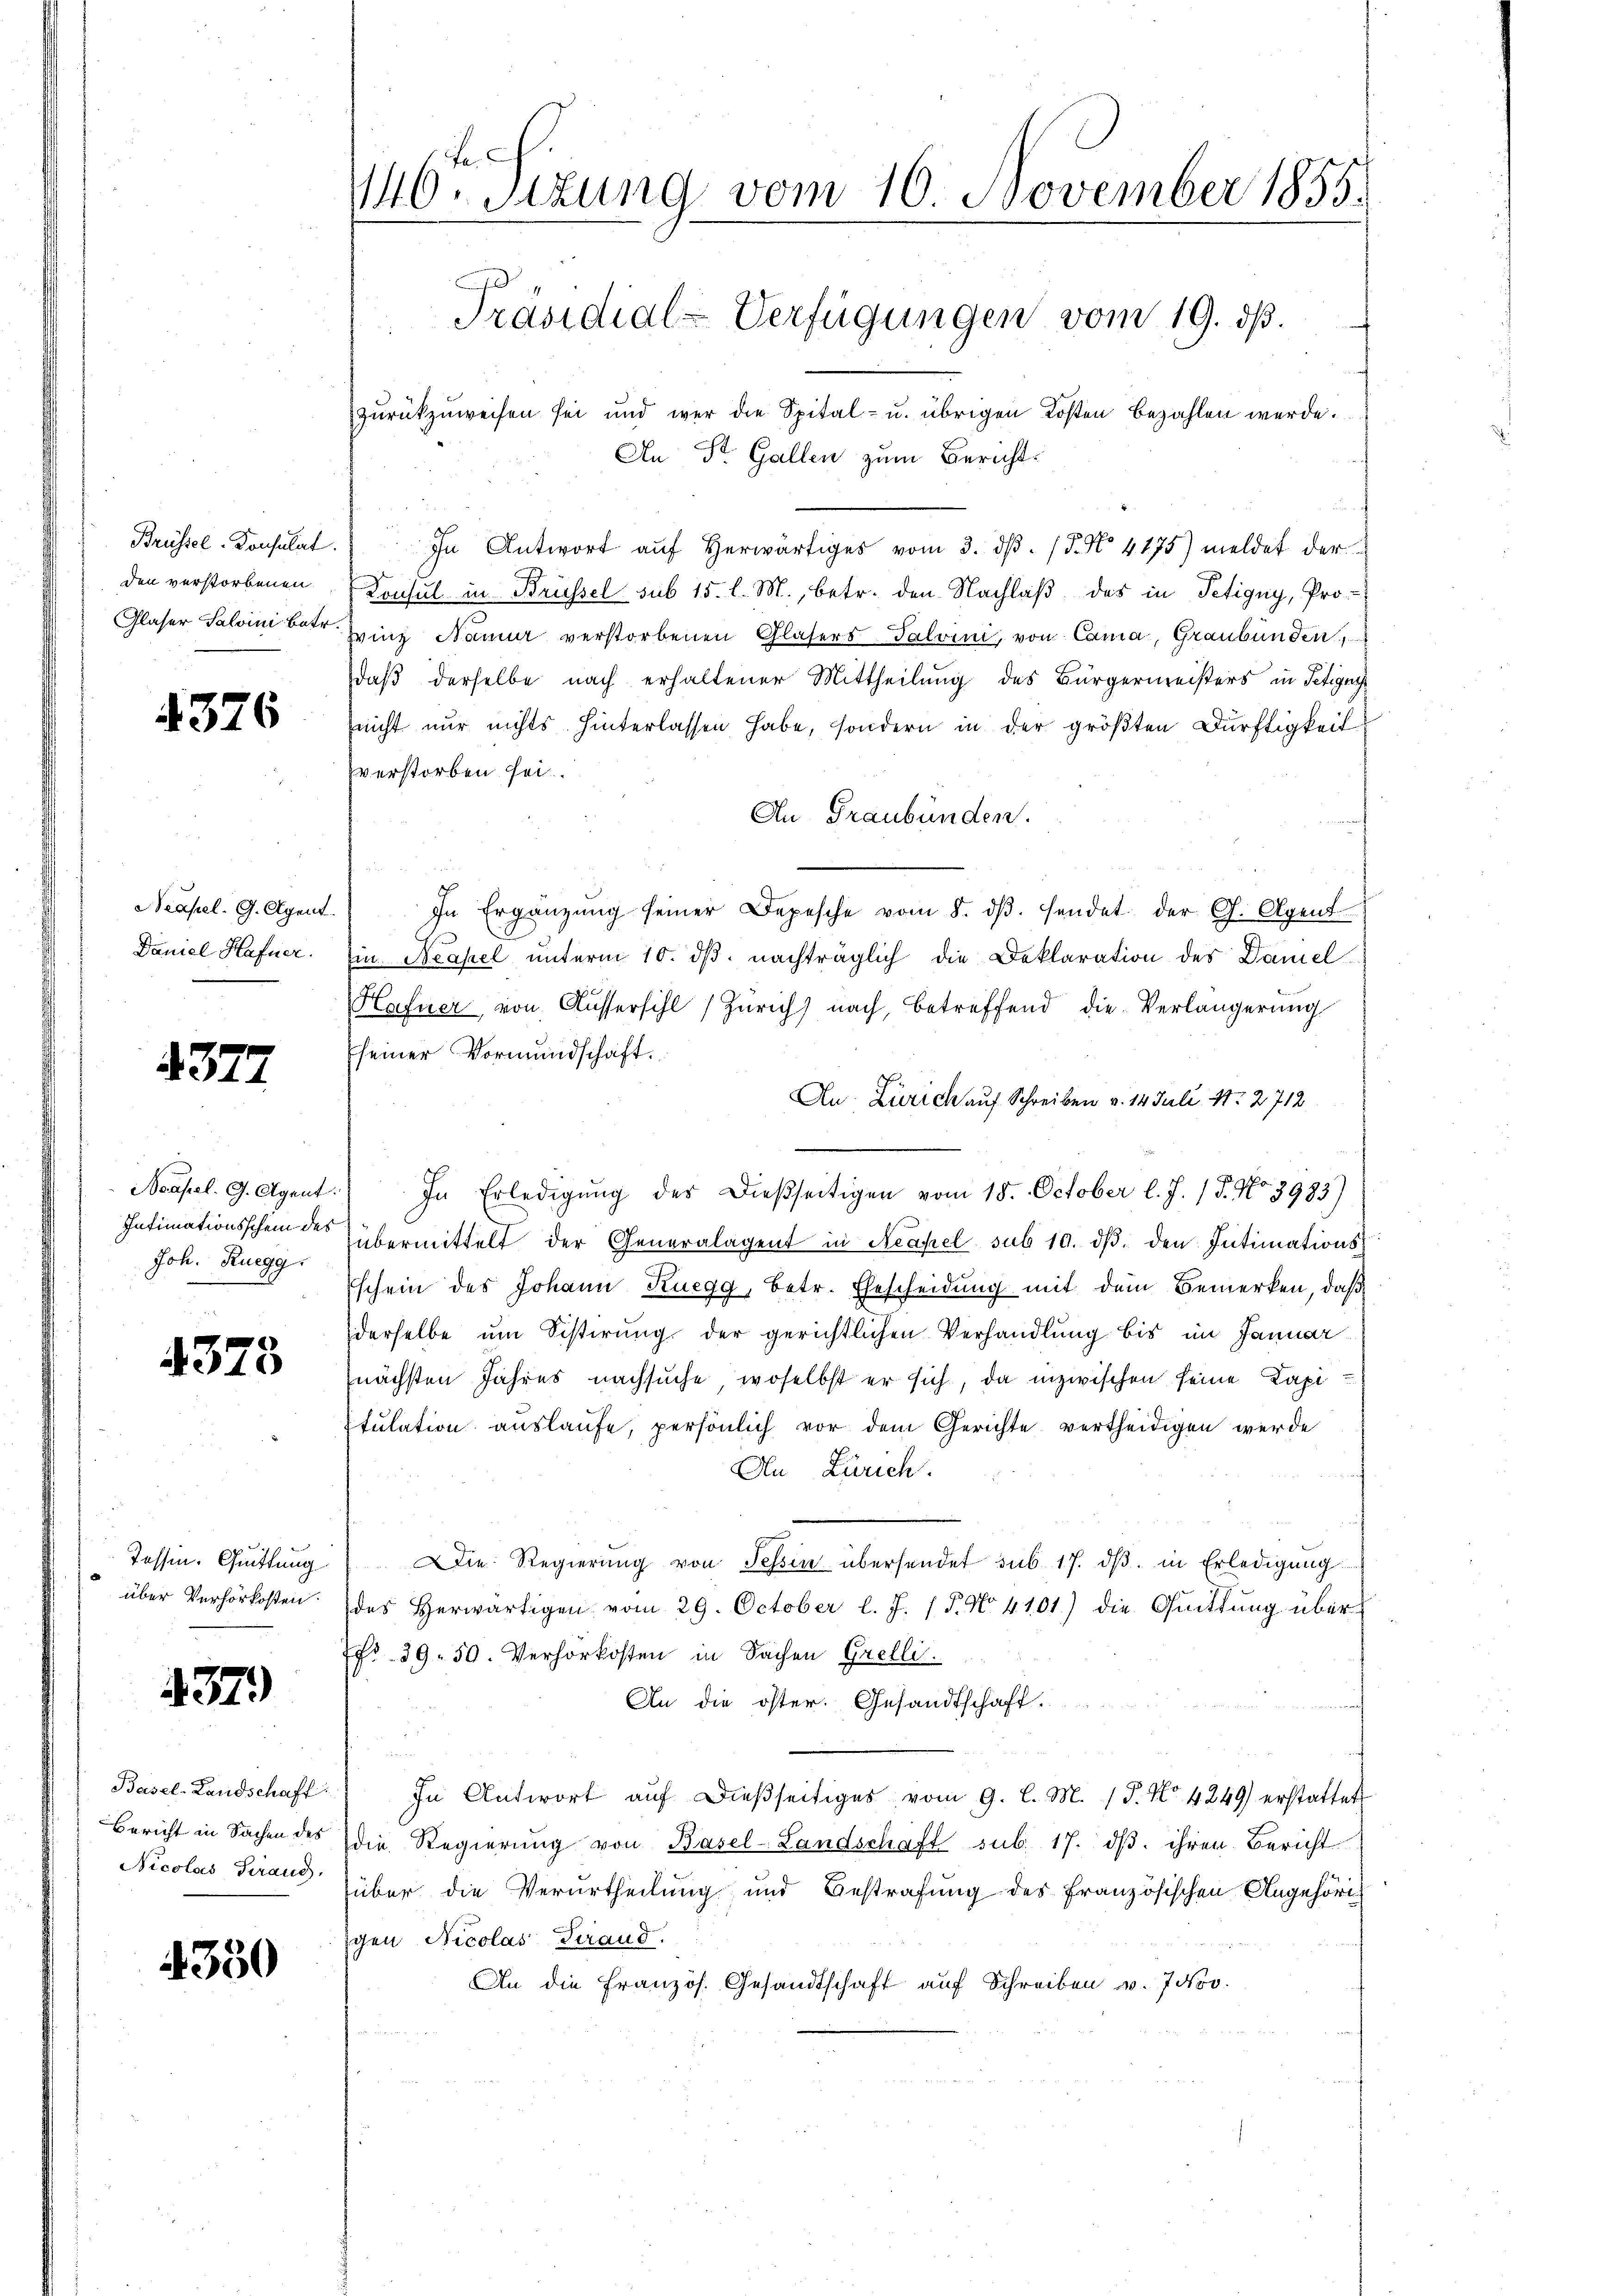
Brüssel-Konsulat
den verstorbenen
Glaser Salvini Betr.

4376

Neapel. G. Agent.
Daniel Hafner.

4377

Neapel. G. Agent.
Intimationsschein des
Joh. Ruegg.

4373

Tessin, Quittung
über Verhörkosten.

437)

Basel-Landschaft
Bericht in Sachen des
Nicolas Strand,

4350

146. Sizung vom 16. November 1855.
Präsidial-Verfügungen vom 19. dß.
zurückzuweisen sei und wer die Spital- u. übrigen Kosten bezahlen werde.
An Dr. Gallen zum Bericht:

In Antwort aŭf herwärtiges vom 3. dβ. 5. No 4175) meldet der
Consul in Brüssel sub 15. l. M., betr. den Nachlaß das in Petigny, Pro
vinz Nanur verstorbenen Glasers Talvini, von Cama, Graubünden,
daß derselbe nach erhaltener Mittheilung des Bürgermeisters in Teigne
nicht nur nichts hinterlassen habe, sondern in der größten Dürftigkeit
verstorben sei
An Graubünden.
In Ergänzŭng seiner Depesche vom 8. dβ. sendet der G. Agent
Ein Neapel unterm 10. dβ. nachträglich die Deklaration des Damel
Hafner, von Aussersihl Zürich) nach, betreffend die Verlängerung
Eseiner Vormundschaft.
An Zürich auf Schreiben v. 14. Juli 11. 2712
In Erledigung des dießseitigen vom 18. October l. J. P. No 3983)
übermittelt der Generalagent in Neapel sub 10. dβ, den Intimations
schein des Johann Ruegg, betr. Ehescheidung mit dem Bemerken, daß
derselbe um Sistirung der gerichtlichen Verhandlung bis im Januarnächsten Jahres nachsuche, woselbst er sich, da inzwischen seine Kapi
stulation auslaufe, persönlich vor dem Gerichte vertheidigen werde
An Zürich.
Die Regierŭng von Tessin übersendet sub 17. dβ in Erledigung
des Herwärtigen vom 29. October l. J. P. No 4101.) die Quittung über
fr. 39. 50. Verhörkosten in Sachen Grelli
An die öster. Gesandtschaft.
In Antwort aŭf dieβseitiges vom 9. l. M. (T. No 4249) erstattet
die Regierŭng von Basel-Landschaft sub. 17. dβ. ihren Bericht
über die Verurtheilung und Bestrafung des Französischen Angehörigen Nicolas Terand,
An die Französ. Gesandtschaft auf Schreiben v. 7500.